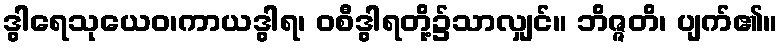
ဒွါရေသုယေဝ၊ကာယဒွါရ၊ ဝစီဒွါရတို့၌သာလျှင်။ ဘိဇ္ဇတိ၊ ပျက်၏။